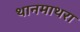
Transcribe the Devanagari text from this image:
थानमाथरा